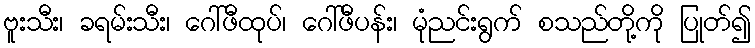
ဗူးသီး၊ ခရမ်းသီး၊ ဂေါ်ဖီထုပ်၊ ဂေါ်ဖီပန်း၊ မုံညင်းရွက် စသည်တို့ကို ပြုတ်၍